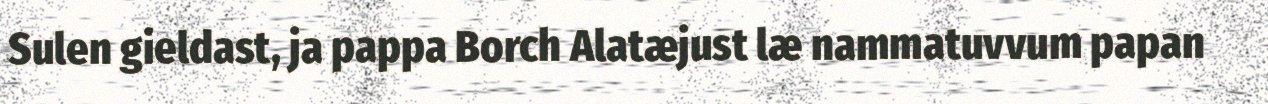
Sulen gieldast, ja pappa Borch Alatæjust læ nammatuvvum papan